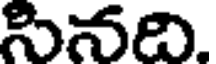
సినది.